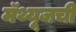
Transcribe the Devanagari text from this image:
मॅथ्यूजची